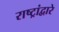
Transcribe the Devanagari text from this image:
राष्ट्रांद्वारे